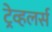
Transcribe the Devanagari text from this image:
ट्रेव्हलर्स